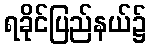
ရခိုင်ပြည်နယ်၌